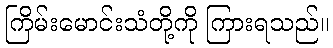
ကြိမ်းမောင်းသံတို့ကို ကြားရသည်။